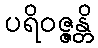
ပရိဝဇ္ဇန္တိ